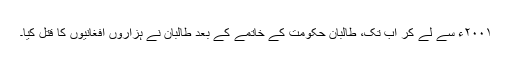
۲۰۰۱ء سے لے کر اب تک، طالبان حکومت کے خاتمے کے بعد طالبان نے ہزاروں افغانیوں کا قتل کیا۔